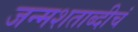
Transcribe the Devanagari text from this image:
जन्मशताब्दीचं